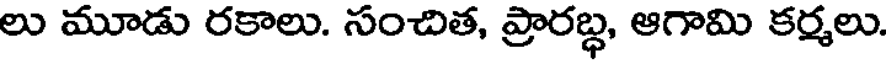
లు మూడు రకాలు. సంచిత, ప్రారబ్ధ, ఆగామి కర్మలు.